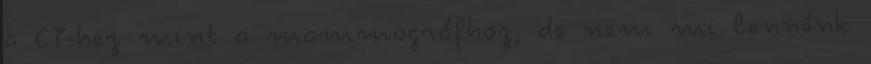
a CT-hez mint a mammográfhoz, de nem mi lennénk